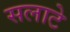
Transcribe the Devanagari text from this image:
सलाटे